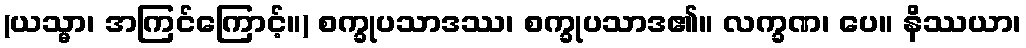
(ယသ္မာ၊ အကြင်ကြောင့်။) စက္ခုပသာဒဿ၊ စက္ခုပသာဒ၏။ လက္ခဏ၊ ပေ။ နိဿယာ၊